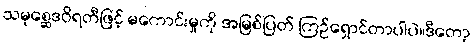
သမုစ္ဆေဒဝိရတီဖြင့် မကောင်းမှုကို အမြစ်ပြတ် ကြဉ်ရှောင်တာပါပဲ။ဒီတော့